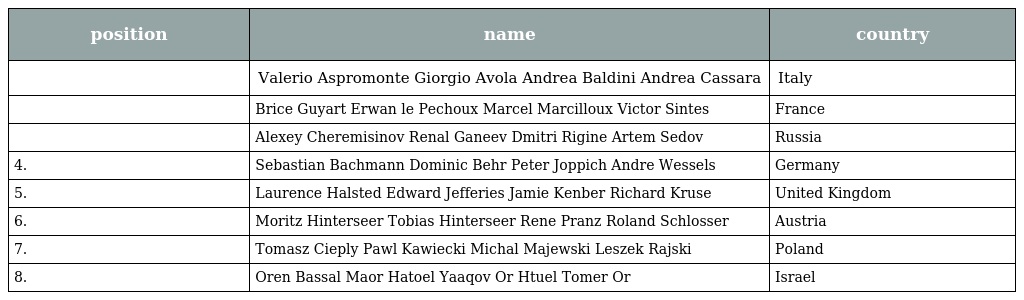
| position | name | country |
 | --- | --- | --- |
 |  | Valerio Aspromonte Giorgio Avola Andrea Baldini Andrea Cassara | Italy |
 |  | Brice Guyart Erwan le Pechoux Marcel Marcilloux Victor Sintes | France |
 |  | Alexey Cheremisinov Renal Ganeev Dmitri Rigine Artem Sedov | Russia |
 | 4. | Sebastian Bachmann Dominic Behr Peter Joppich Andre Wessels | Germany |
 | 5. | Laurence Halsted Edward Jefferies Jamie Kenber Richard Kruse | United Kingdom |
 | 6. | Moritz Hinterseer Tobias Hinterseer Rene Pranz Roland Schlosser | Austria |
 | 7. | Tomasz Cieply Pawl Kawiecki Michal Majewski Leszek Rajski | Poland |
 | 8. | Oren Bassal Maor Hatoel Yaaqov Or Htuel Tomer Or | Israel |